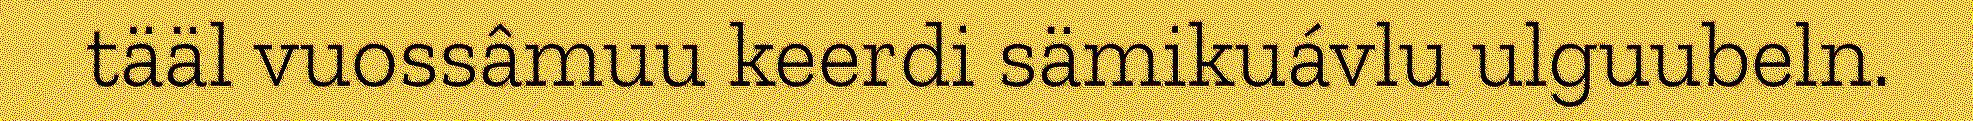
tääl vuossâmuu keerdi sämikuávlu ulguubeln.